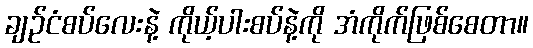
ချဉ်ငံစပ်လေးနဲ့ ကိုယ့်ပါးစပ်နဲ့ကို အံကိုက်ဖြစ်စေတာ။